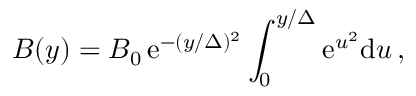
B ( y ) = B _ { 0 } \, \mathrm { e } ^ { - ( y / \Delta ) ^ { 2 } } \int _ { 0 } ^ { y / \Delta } \mathrm { e } ^ { u ^ { 2 } } \mathrm { d } u \, ,